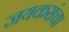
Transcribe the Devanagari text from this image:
जयकरांचा